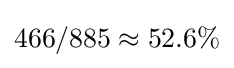
466/885\approx 52.6\%